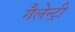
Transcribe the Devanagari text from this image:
गैलेन्ट्री